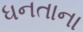
ધનતાના